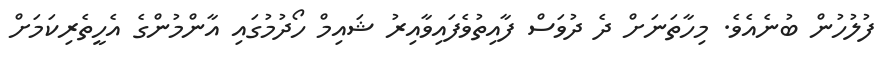
ފުލުހުން ބުނެއެވެ. މިހާތަނަށް ދެ ދުވަސް ފާއިތުވެފައިވާއިރު ޝައިމް ހޯދުމުގައި އާންމުންގެ އެހީތެރިކަމަށް